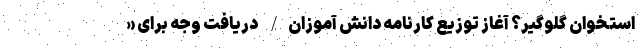
استخوان گلوگیر؟ آغاز توزیع کارنامه دانش آموزان/ دریافت وجه برای «